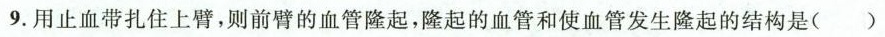
9.用止血带扎住上臂，则前臂的血管隆起，隆起的血管和使血管发生隆起的结构是（）